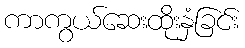
ကာကွယ်ဆေးထိုးနှံခြင်း